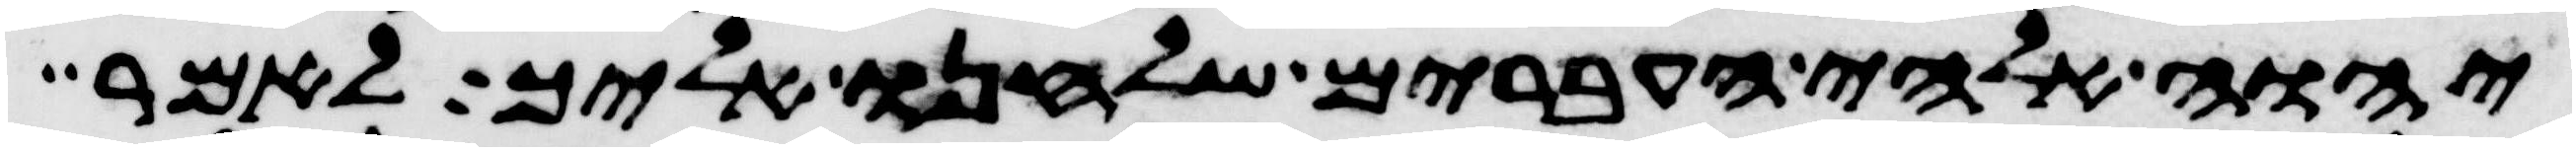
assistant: יהוה אלהי העברים שלחנו אליך לאמר